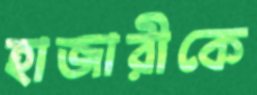
হাজারীকে